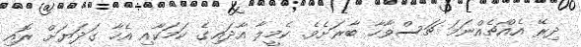
ދިރޭ އެއްޗެއްނަމަ ޗަސްވާހާ ބާރަށެވެ. ކެމީލާ އާދައިގެ ކަމަކާއި އެހާ ގަދަޔަށް ރޮއި